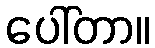
ပေါ်တာ။